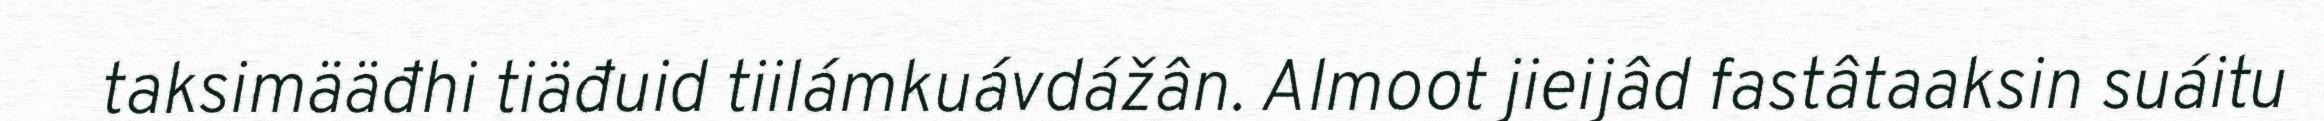
taksimääđhi tiäđuid tiilámkuávdážân. Almoot jieijâd fastâtaaksin suáitu